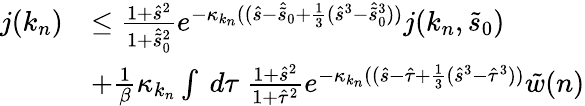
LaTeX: \begin{array}{rl}{j(k_{n})}&{\le\frac{1+\hat{s}^{2}}{1+\hat{\tilde{s}}_{0}^{2}}e^{-\kappa_{k_{n}}((\hat{s}-\hat{\tilde{s}}_{0}+\frac 13(\hat{s}^{3}-\hat{\tilde{s}}_{0}^{3}))}j(k_{n},\tilde{s}_{0})}\\ &{+\frac 1\beta\kappa_{k_{n}}\int\ d\tau\ \frac{1+\hat{s}^{2}}{1+\hat{\tau}^{2}}e^{-\kappa_{k_{n}}((\hat{s}-\hat{\tau}+\frac 13(\hat{s}^{3}-\hat{\tau}^{3}))}\tilde{w}(n)}\end{array}